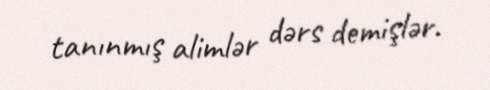
tanınmış alimlər dərs demişlər.